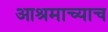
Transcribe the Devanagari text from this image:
आश्रमाच्याच